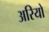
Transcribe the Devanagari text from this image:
अरियो